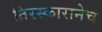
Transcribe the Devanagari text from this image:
तिरस्कारानेच